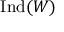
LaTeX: { \mathrm { I n d } } ( W )